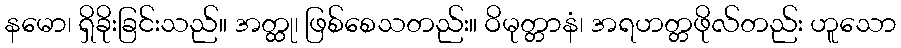
နမော၊ ရှိခိုးခြင်းသည်။ အတ္ထု၊ ဖြစ်စေသတည်း။ ဝိမုတ္တာနံ၊ အရဟတ္တဖိုလ်တည်း ဟူသော